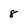
Character: 8